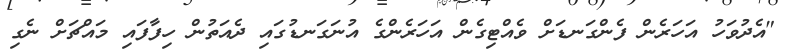
"އެދުވަހު އަހަރެން ފެންގަނޑަށް ވެއްޓިގެން އަހަރެންގެ އުނަގަނޑުގައި ދެއަތުން ހިފާފައި މައްޗަށް ނެގި